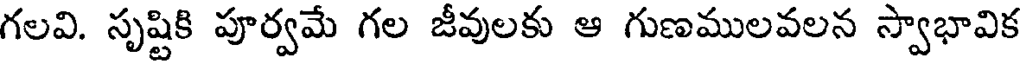
గలవి. సృష్టికి పూర్వమే గల జీవులకు ఆ గుణములవలన స్వాభావిక